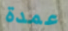
عمدة